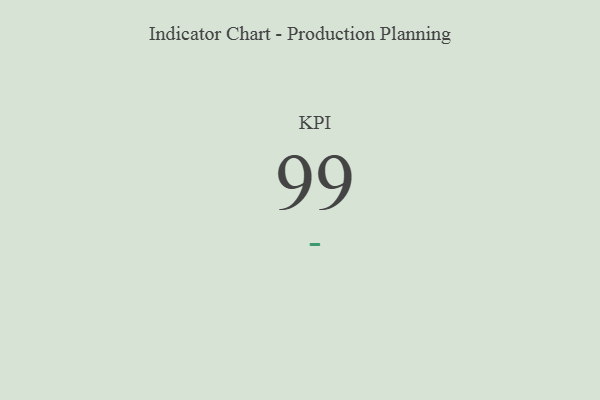
{"axis": {"x": "KPI", "y": "Value"}, "legend": [""], "data": [{"x": "KPI", "y": 99, "type": ""}]}